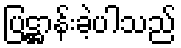
ပြဋ္ဌာန်းခဲ့ပါသည်